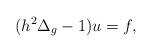
LaTeX: \begin{align*} (h^2\Delta_g - 1)u = f,\end{align*}